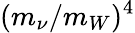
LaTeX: (m_{\nu}/m_{W})^{4}